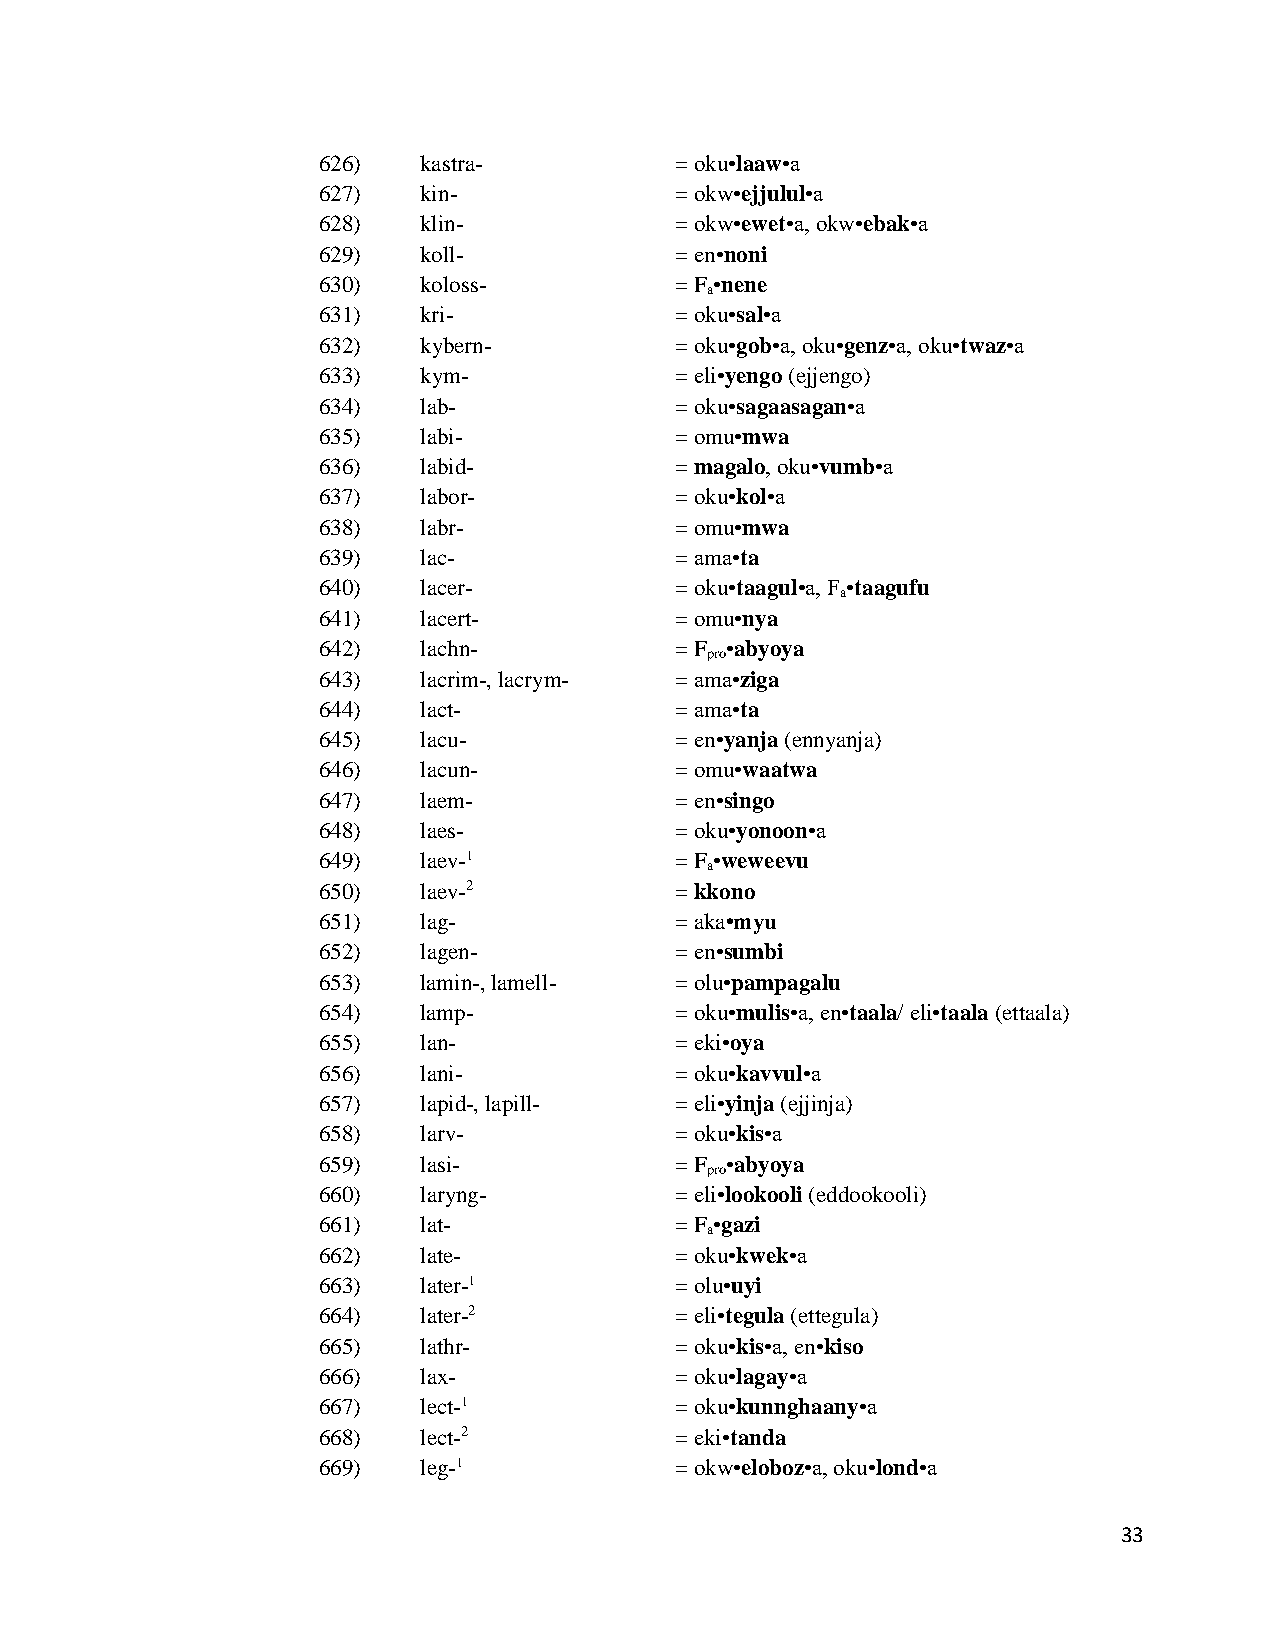
626)   kastra-          = oku•laaw•a
 627)   kin-             = okw•ejjulul•a
 628)   klin-            = okw•ewet•a, okw•ebak•a
 629)   koll-            = en•noni
 630)   koloss-          = F •nene
 a
 631)   kri-             = oku•sal•a
 632)   kybern-          = oku•gob•a, oku•genz•a, oku•twaz•a
 633)   kym-             = eli•yengo (ejjengo)
 634)   lab-             = oku•sagaasagan•a
 635)   labi-            = omu•mwa
 636)   labid-           = magalo, oku•vumb•a
 637)   labor-           = oku•kol•a
 638)   labr-            = omu•mwa
 639)   lac-             = ama•ta
 640)   lacer-           = oku•taagul•a, F •taagufu
 a
 641)   lacert-          = omu•nya
 642)   lachn-           = F •abyoya
 pro
 643)   lacrim-, lacrym- = ama•ziga
 644)   lact-            = ama•ta
 645)   lacu-            = en•yanja (ennyanja)
 646)   lacun-           = omu•waatwa
 647)   laem-            = en•singo
 648)   laes-            = oku•yonoon•a
 649)   laev-1           = F •weweevu
 a
 650)   laev-2           = kkono
 651)   lag-             = aka•myu
 652)   lagen-           = en•sumbi
 653)   lamin-, lamell-  = olu•pampagalu
 654)   lamp-            = oku•mulis•a, en•taala/ eli•taala (ettaala)
 655)   lan-             = eki•oya
 656)   lani-            = oku•kavvul•a
 657)   lapid-, lapill-  = eli•yinja (ejjinja)
 658)   larv-            = oku•kis•a
 659)   lasi-            = F •abyoya
 pro
 660)   laryng-          = eli•lookooli (eddookooli)
 661)   lat-             = F •gazi
 a
 662)   late-            = oku•kwek•a
 663)   later-1          = olu•uyi
 664)   later-2          = eli•tegula (ettegula)
 665)   lathr-           = oku•kis•a, en•kiso
 666)   lax-             = oku•lagay•a
 667)   lect-1           = oku•kunnghaany•a
 668)   lect-2           = eki•tanda
 669)   leg-1            = okw•eloboz•a, oku•lond•a
 33